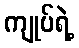
ကျုပ်ရဲ့